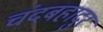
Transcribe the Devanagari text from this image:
चंदबहादुर